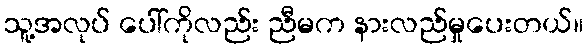
သူ့အလုပ် ပေါ်ကိုလည်း ညီမက နားလည်မှုပေးတယ်။